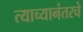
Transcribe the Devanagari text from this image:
त्याच्यानंतरचे